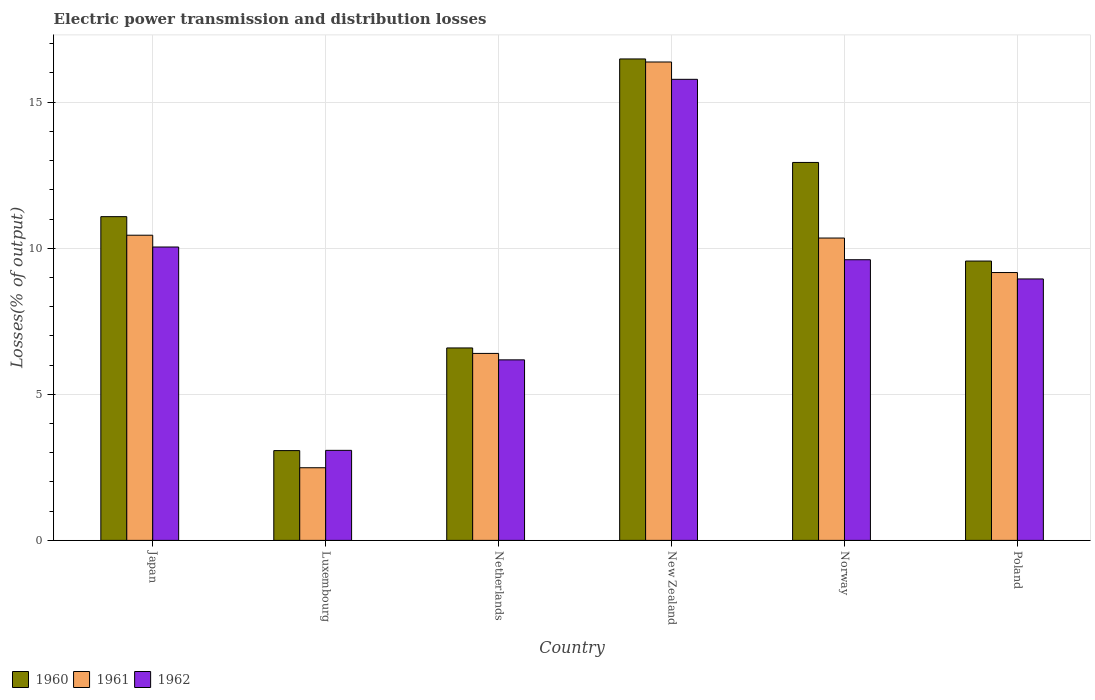
| Country | 1960 | 1961 | 1962 |
 | --- | --- | --- | --- |
 | Japan | 11.1 | 10.4 | 10 |
 | Luxembourg | 3.07 | 2.49 | 3.08 |
 | Netherlands | 6.59 | 6.4 | 6.18 |
 | New Zealand | 16.5 | 16.4 | 15.8 |
 | Norway | 12.9 | 10.3 | 9.61 |
 | Poland | 9.56 | 9.17 | 8.95 |